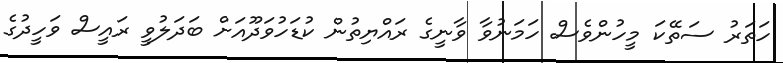
ހަތަރު ސަތޭކަ މީހުންވެސް ހަމަނުވާ ވާނީގެ ރައްޔިތުން ކުޑަހުވަދޫއަށް ބަދަލުވީ ރައީސް ވަހީދުގެ